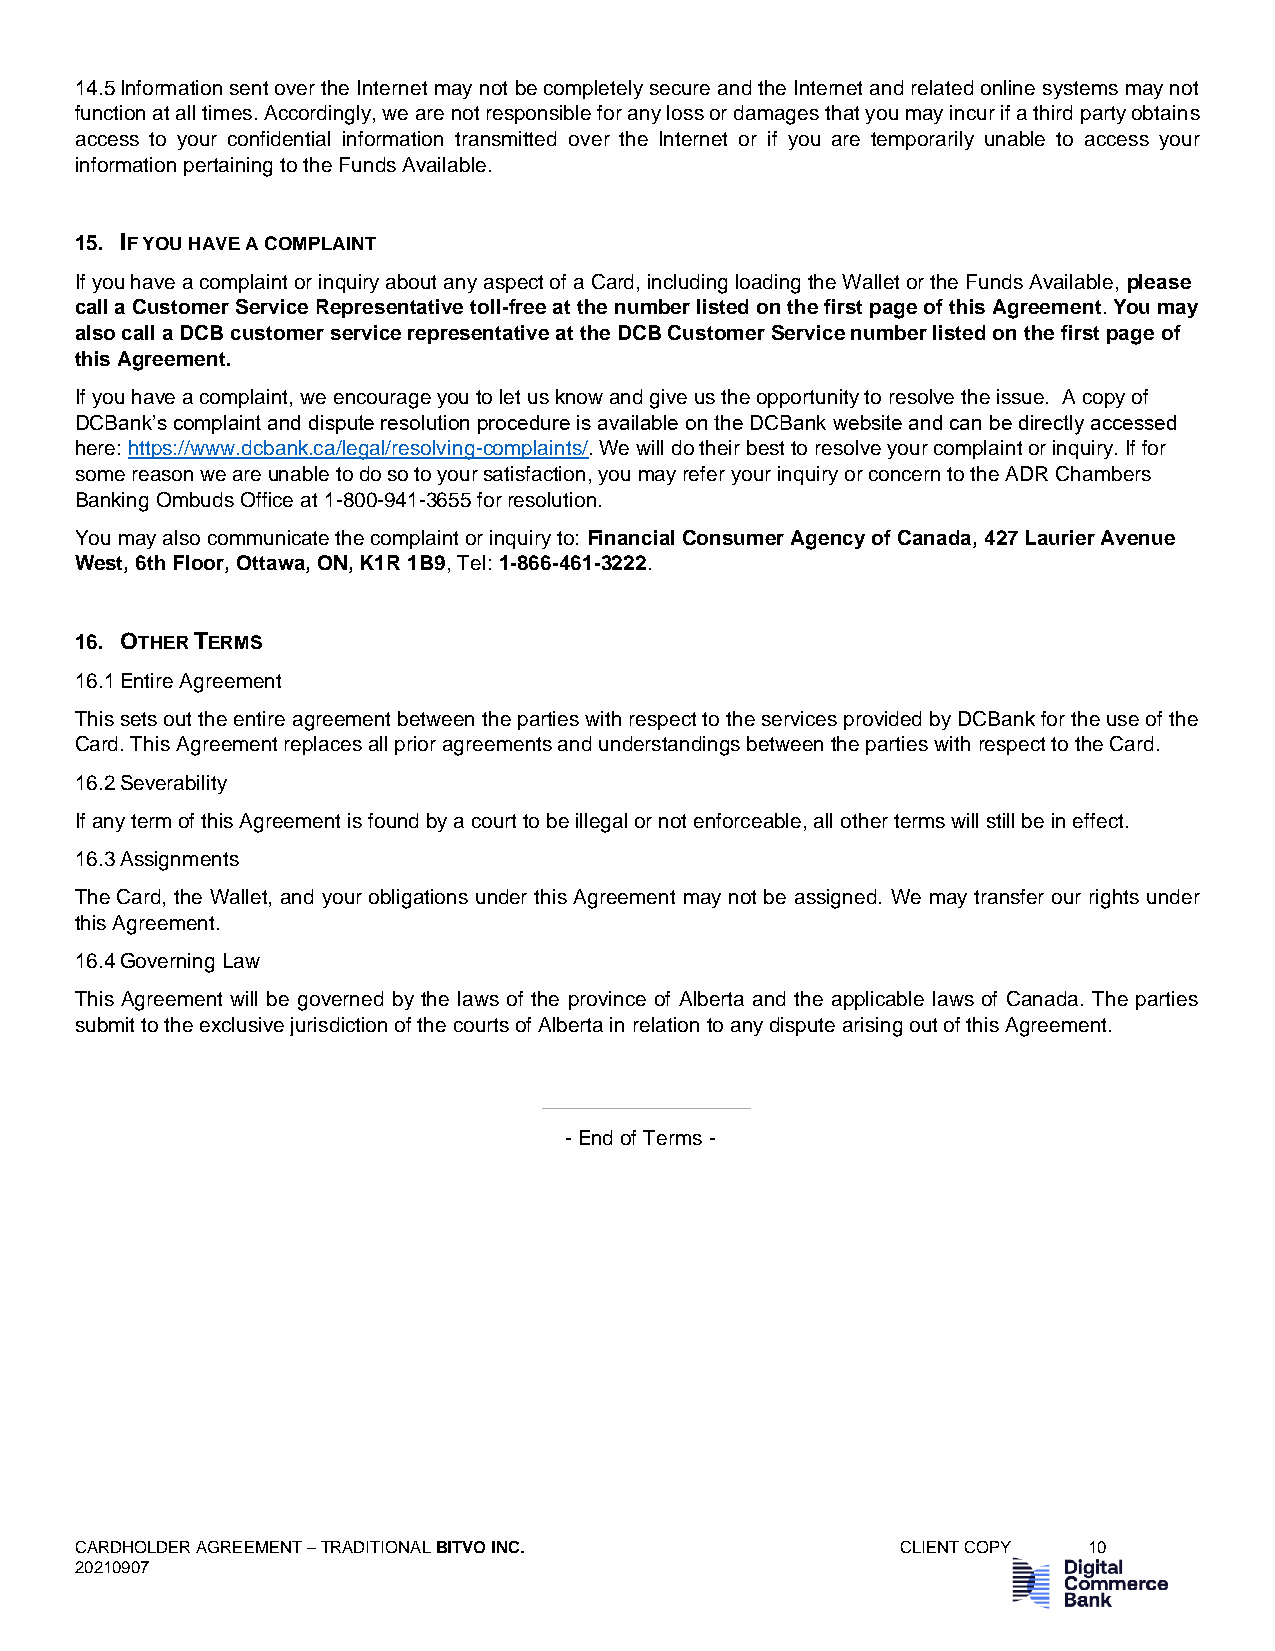
14.5 Information sent over the Internet may not be completely secure and the Internet and related online systems may not
 function at all times. Accordingly, we are not responsible for any loss or damages that you may incur if a third party obtains
 access to your confidential information transmitted over the Internet or if you are temporarily unable to access your
 information pertaining to the Funds Available.
 15. IF YOU HAVE A COMPLAINT
 If you have a complaint or inquiry about any aspect of a Card, including loading the Wallet or the Funds Available, please
 call a Customer Service Representative toll-free at the number listed on the first page of this Agreement. You may
 also call a DCB customer service representative at the DCB Customer Service number listed on the first page of
 this Agreement.
 If you have a complaint, we encourage you to let us know and give us the opportunity to resolve the issue. A copy of
 DCBank’s complaint and dispute resolution procedure is available on the DCBank website and can be directly accessed
 here: https://www.dcbank.ca/legal/resolving-complaints/. We will do their best to resolve your complaint or inquiry. If for
 some reason we are unable to do so to your satisfaction, you may refer your inquiry or concern to the ADR Chambers
 Banking Ombuds Office at 1-800-941-3655 for resolution.
 You may also communicate the complaint or inquiry to: Financial Consumer Agency of Canada, 427 Laurier Avenue
 West, 6th Floor, Ottawa, ON, K1R 1B9, Tel: 1-866-461-3222.
 16. OTHER TERMS
 16.1 Entire Agreement
 This sets out the entire agreement between the parties with respect to the services provided by DCBank for the use of the
 Card. This Agreement replaces all prior agreements and understandings between the parties with respect to the Card.
 16.2 Severability
 If any term of this Agreement is found by a court to be illegal or not enforceable, all other terms will still be in effect.
 16.3 Assignments
 The Card, the Wallet, and your obligations under this Agreement may not be assigned. We may transfer our rights under
 this Agreement.
 16.4 Governing Law
 This Agreement will be governed by the laws of the province of Alberta and the applicable laws of Canada. The parties
 submit to the exclusive jurisdiction of the courts of Alberta in relation to any dispute arising out of this Agreement.
 - End of Terms -
 CARDHOLDER AGREEMENT – TRADITIONAL BITVO INC.          CLIENT COPY 10
 20210907